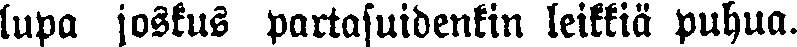
lupa joskus partasuidenkin leikkiä puhua.